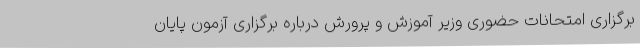
برگزاری امتحانات حضوری وزیر آموزش و پرورش درباره برگزاری آزمون پایان